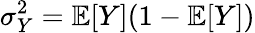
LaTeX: \sigma_{Y}^{2}=\mathbb{E}[Y](1-\mathbb{E}[Y])